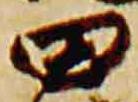
田